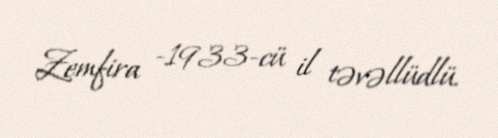
Zemfira −1933-cü il təvəllüdlü.